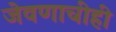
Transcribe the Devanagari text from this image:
जेवणाचीही